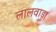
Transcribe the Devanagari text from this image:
लालवाड़ा